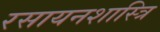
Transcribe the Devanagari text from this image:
रसायनशास्त्रि